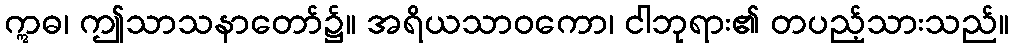
ဣဓ၊ ဤသာသနာတော်၌။ အရိယသာဝကော၊ ငါဘုရား၏ တပည့်သားသည်။